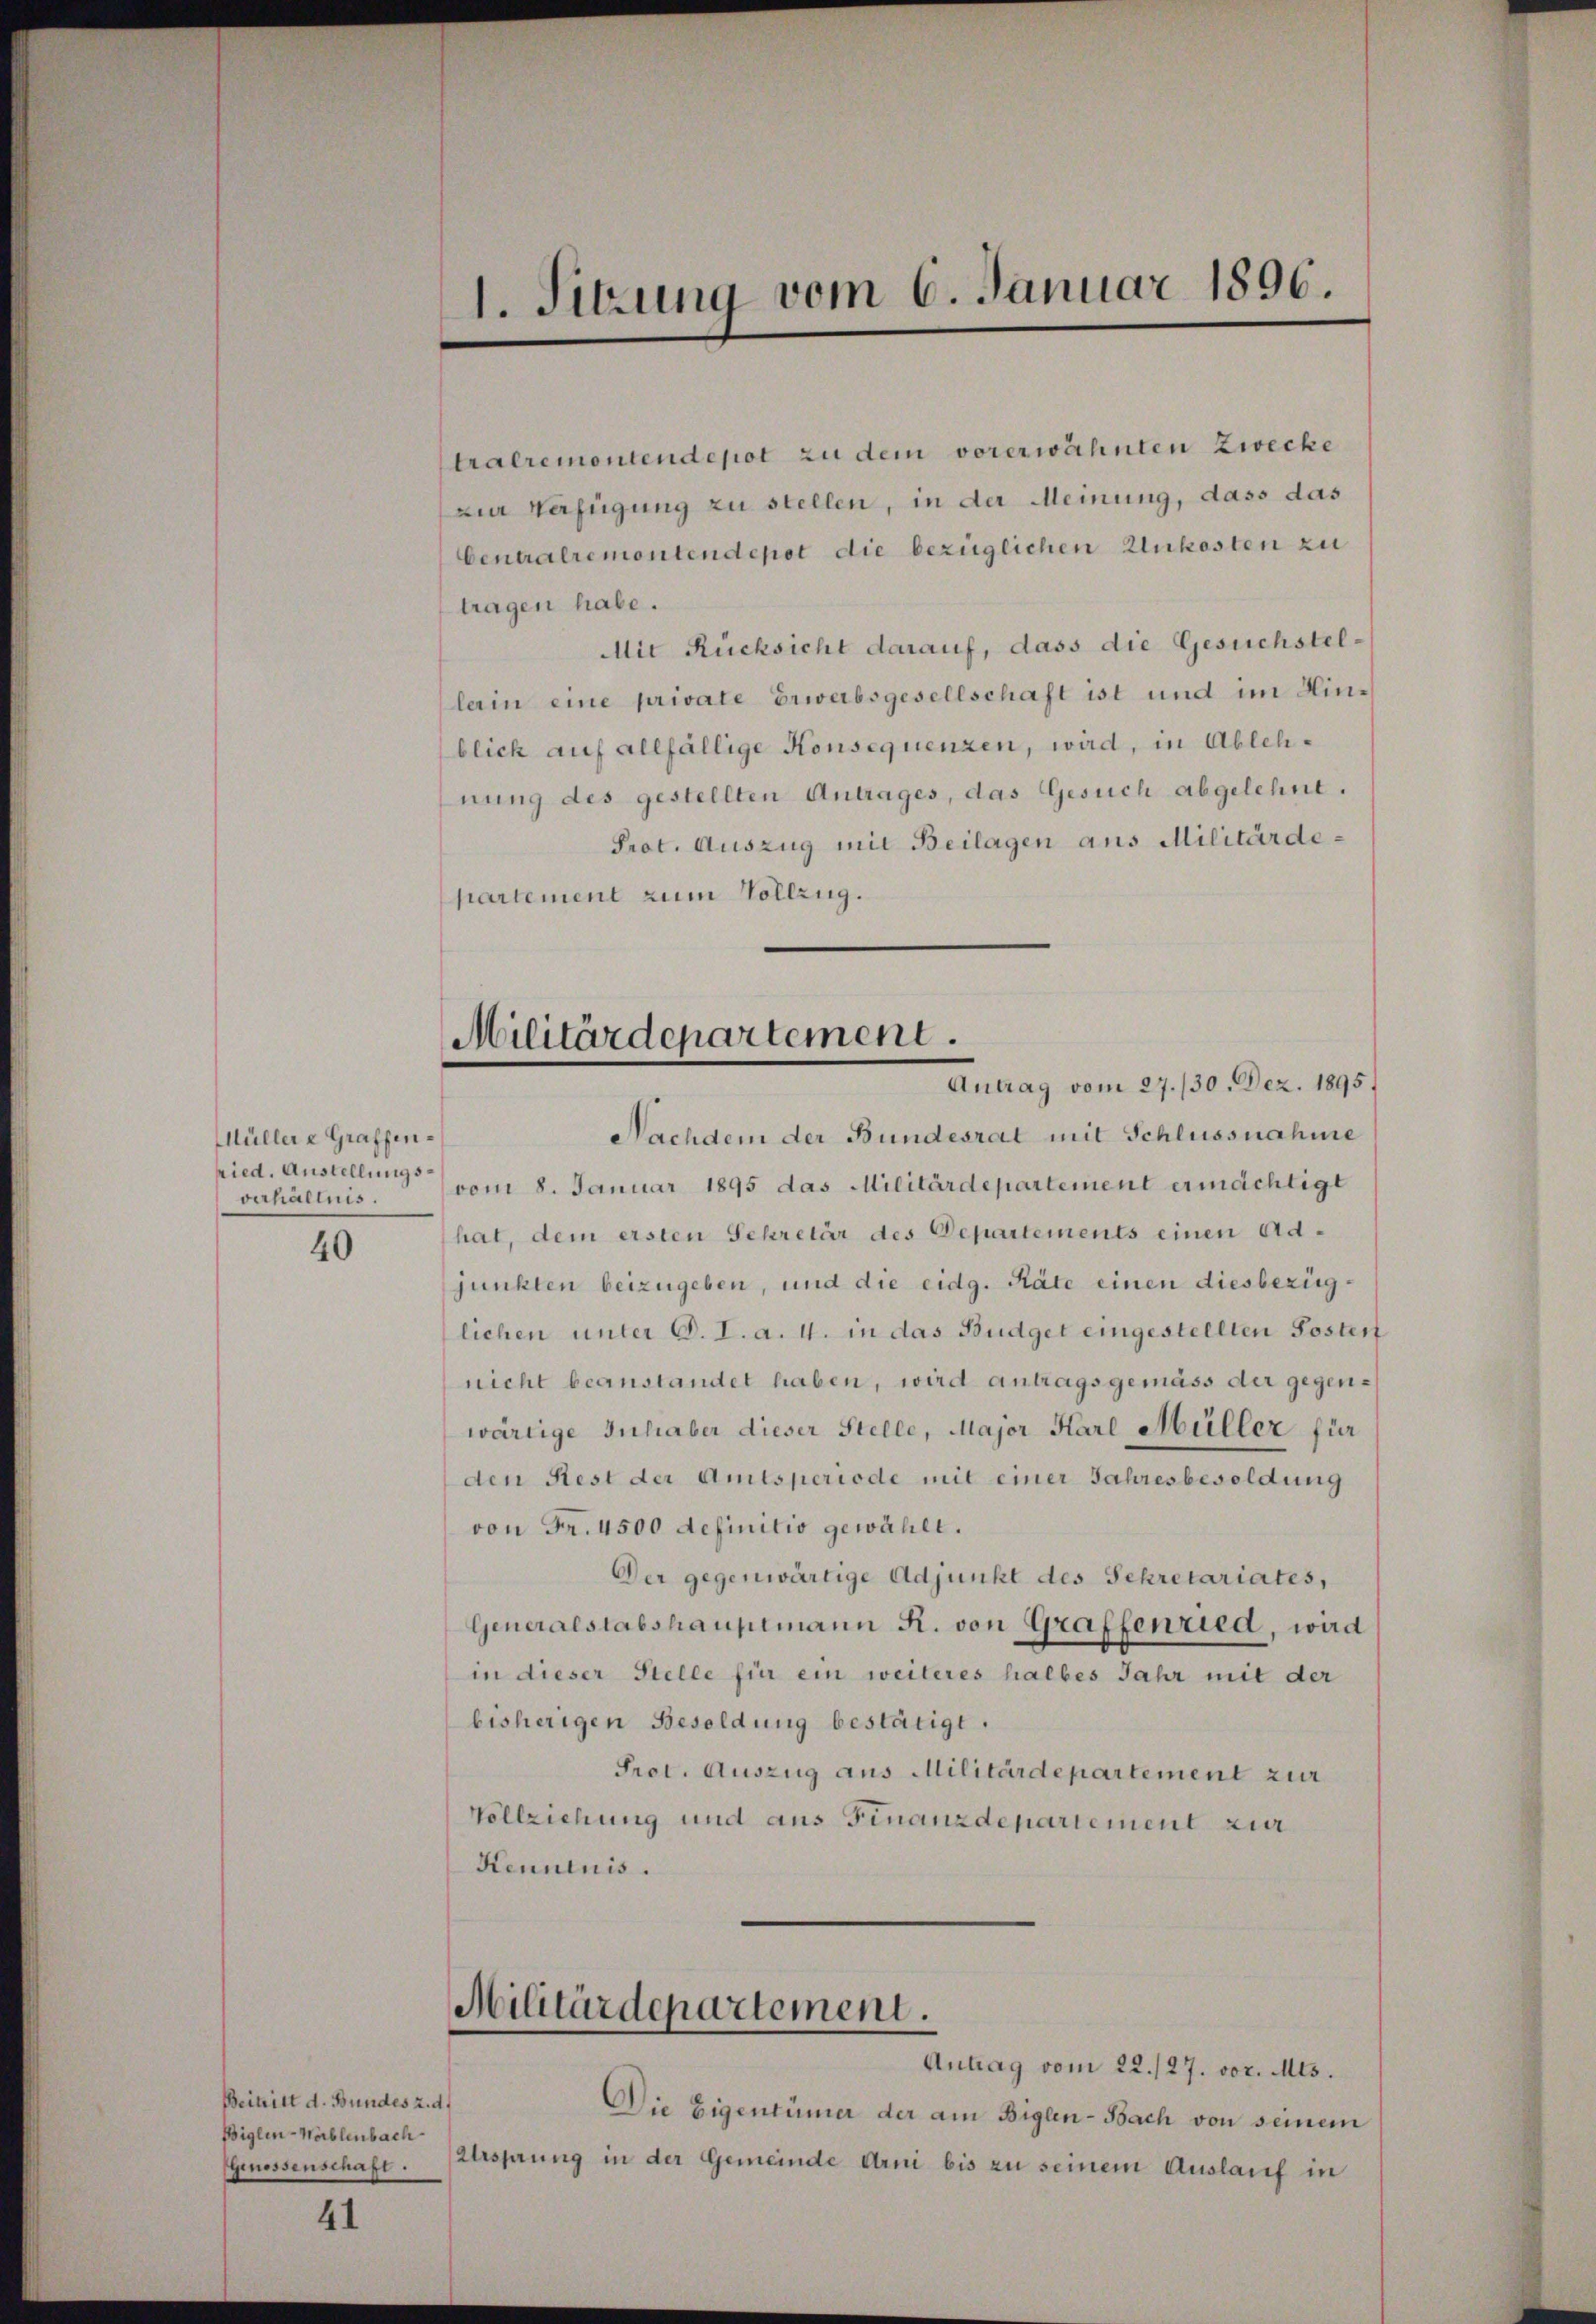
Müllere Graffenried. Austellungsverhältnis.

40

Beitritt d. Bundes z. d.
Biglin-Wahlenbach
Genossenschaft.

41

1. Sitzung vom 6. Januar 1896.

Militärdepartement.
Antrag vom 27./30. Dez. 1895.

tralremontendepot zu dem vorerwähnten Zwecke
zur Verfügung zu stellen, in der Meinung, dass das
Centralremontendepot die bezüglichen Unkosten zu
tragen habe.
Mit Rücksicht darauf, dass die Gesuchstellerin eine private Erwerbsgesellschaft ist und im Hinblich auf allfällige Konsequenzen, wird, in Ablehnung des gestellten Antrages, das Gesuch abgelehnt.
Prot. Auszug mit Beilagen aus Militärdepartement zum Vollzug.
Nachdem der Bundesrat mit Schlussnahme
vom 8. Januar 1895 das Militärdepartement ermächtigt
hat, dem ersten Sekretär des Departements einen Adjunkten beizugeben, und die eidg. Räte einen diesbezüglichen unter C. I. a. 4. in das Büdget eingestellten Posterf
nicht beanstandet haben, wird antragsgemäss der gegenwärtige Inhaber dieser Stelle, Major Karl Müller für
den Rest der Amtsperiode mit einer Jahresbesoldung
von Fr. 4500 definitio gewählt.
Der gegenwärtige Adjunkt des Sekretariates,
Generalstabshauptmann R. von Graffenried, wird
in dieser Stelle für ein weiteres halbes Jahr mit der
bisherigen Besoldung bestätigt.
Prot. Auszug aus Militärdepartement zur
Vollziehung und aus Finanzdepartement zur
Kenntnis.

Militärdepartement.
Antrag vom 22./27. vor. Mts.

Die Eigentümer der am Biglen-Bach von seinem
Alsprung in der Gemeinde Erni bis zu seinem Auslauf in